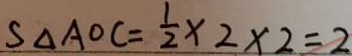
S _ { \Delta A O C } = \frac { 1 } { 2 } \times 2 \times 2 = 2